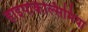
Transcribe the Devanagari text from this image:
हाइपोकैल्सिमिया